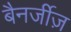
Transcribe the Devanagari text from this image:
बैनर्जीज़